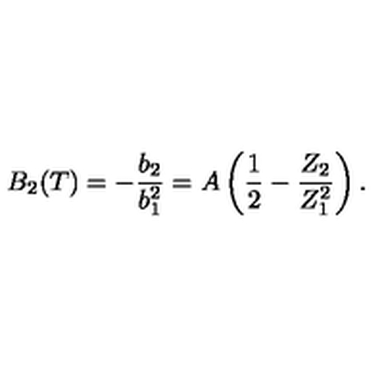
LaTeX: B _ { 2 } ( T ) = - \frac { b _ { 2 } } { b _ { 1 } ^ { 2 } } = A \left( \frac { 1 } { 2 } - \frac { Z _ { 2 } } { Z _ { 1 } ^ { 2 } } \right) .